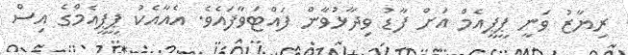
ރިޔާޒު ވަނީ ޕީޕީއެމް އަށް ފާޑު ވިދާޅުވާން ފައްޓަވާފައެވެ. އެއާއެކު ޕީޕީއެމްގެ އިސް